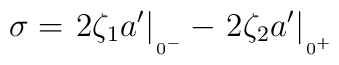
\sigma = \left.2 \zeta_{1}  a'\right|{\mbox{\raisebox{-1.2ex}{{\tiny{$\!0^{-}$}}}}}- \left.2 \zeta_{2}  a'\right|{\mbox{\raisebox{-1.2ex}{{\tiny{$\!0^{+}$}}}}}